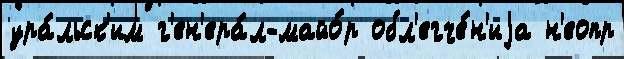
ура́льск'им г'ен'ера́л-майо́р обл'егче́н'иjа н'еопр